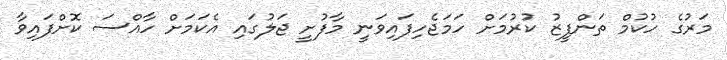
މަރުގެ ހުކުމް ތަންފީޒު ކުރުމަށް ހަމަޖެހިފައިވަނީ މާފުށީ ޖަލުގައި އެކަމަށް ހާއްސަ ކޮށްފައިވާ